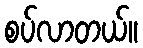
စပ်လာတယ်။